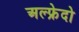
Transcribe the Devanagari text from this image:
अल्फ्रेदो